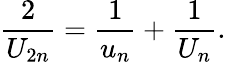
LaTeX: {\frac{2}{U_{2n}}}={\frac{1}{u_{n}}}+{\frac{1}{U_{n}}}.